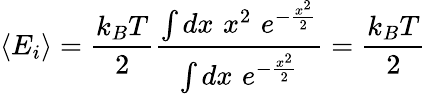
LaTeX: \langle E_{i}\rangle={\frac{k_{B}T}{2}}{\frac{\int dx\, \, x^{2}\, \, e^{-{\frac{x^{2}}{2}}}}{\int dx\, \, e^{-{\frac{x^{2}}{2}}}}}={\frac{k_{B}T}{2}}